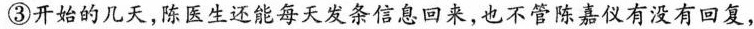
③开始的几天，陈医生还饱每天发条信息回来，也不管陈嘉仪有没有回，